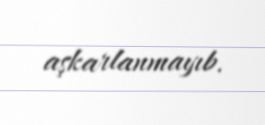
aşkarlanmayıb.